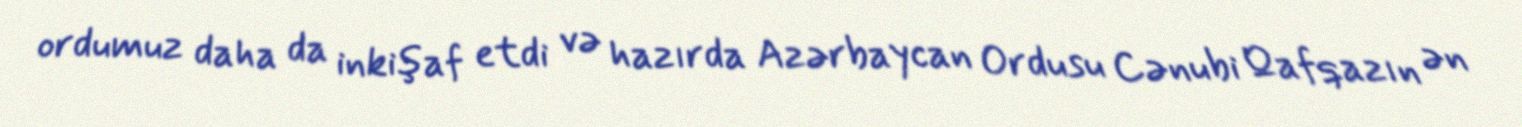
ordumuz daha da inkişaf etdi və hazırda Azərbaycan Ordusu Cənubi Qafqazın ən